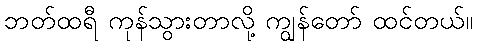
ဘတ်ထရီ ကုန်သွားတာလို့ ကျွန်တော် ထင်တယ်။